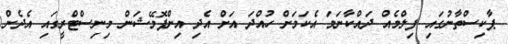
ޕާކިސްތާނުގައި ފިލްމެއް ދައްކާނަމަ އެކަމަށް ހުއްދަ އަށް އެދި އިންފޮމޭޝަން މިނިސްޓްރީގައި އެދެން